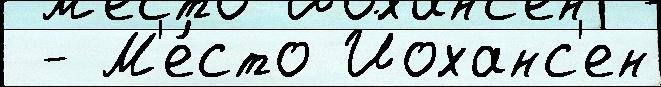
 - М'е́сто Йоханс'ен